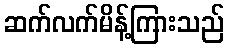
ဆက်လက်မိန့်ကြားသည်